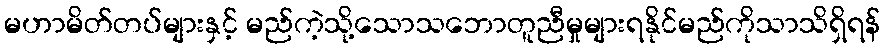
မဟာမိတ်တပ်များနှင့် မည်ကဲ့သို့သောသဘောတူညီမှုများရနိုင်မည်ကိုသာသိရှိရန်